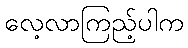
လေ့လာကြည့်ပါက